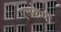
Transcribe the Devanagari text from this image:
एसकेपी